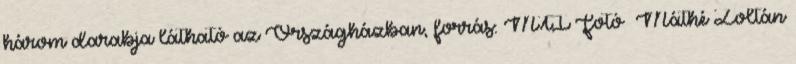
három darabja látható az Országházban, forrás: MTI Fotó Máthé Zoltán